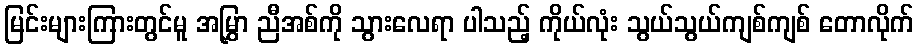
မြင်းများကြားတွင်မူ အမြွှာ ညီအစ်ကို သွားလေရာ ပါသည့် ကိုယ်လုံး သွယ်သွယ်ကျစ်ကျစ် တောလိုက်